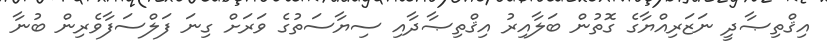
އިޤްތިޞާދީ ނަޒަރިއްޔާގެ ގޮތުން ބަލާއިރު އިޤްތިޞާދާއި ސިޔާސަތުގެ ވަރަށް ގިނަ ފަލްސަފާވެރިން ބުނާ